system: You are a helpful assistant.
user:
Analyze the provided spectrum to determine if it is a **Carbon Star (C-type)**.

- **Key Visual Indicators of Carbon Star:**
    - **(Primary):** Strong molecular absorption from **C₂ (diatomic carbon) "Swan Bands."** This is the **defining feature** of a carbon star.
        - **(Key Bandheads):** Sharp absorption edges are visible at approximately $5635$ Å, $5165$ Å (the strongest band), and $4737$ Å.
        - **(Line Profile):** Creates a distinct **"saw-tooth"** pattern. The key morphology is a sharp, steep bandhead on the **red (long-wavelength) side**, which then gradually tapers off (i.e., flux recovers) towards the **blue (short-wavelength) side**. *(This is the direct opposite of the TiO bands seen in M-type stars)*.

    - **(Secondary):** Intense **CN (cyanogen)** molecular absorption bands.
        - **(Key Bandheads):** Located in the blue and violet regions of the spectrum (e.g., near $4215$ Å and $3883$ Å).
        - **(Morphology):** These bands are extremely broad and act as a "blanket," absorbing the vast majority of blue and violet light. This creates a characteristic **"cliff"** or **"steep drop-off"** in the spectrum's flux at short wavelengths.

    - **(Key Confirmation):** Strong **CH absorption band (G-band)**.
        - **(Key Bandhead):** Located around $4300$ Å. The contribution from CH molecules to this band is exceptionally strong.

    - **(Overall Spectrum):**
        - The continuum is severely "chopped up" by these deep molecular bands, especially C₂, rather than appearing as a smooth curve.
        - Due to the heavy CN and C₂ absorption in the blue-green, the vast majority of the star's flux is concentrated in the red part of the spectrum, giving the star its characteristic deep red color.

Think first, call **spectral_visualization_tool** if needed to examine features in detail, then provide your final answer. Your response must adhere to the following strict rules:
1.  **Overall Structure:** Your response must follow the format `<think>...</think> <tool_call>...</tool_call> (if a tool is used) <answer>...</answer>`.
2.  **Tool Usage Constraint:** You may only make **one** tool call per turn.
3.  **Final Answer Format:** In the `<answer>` tag, your conclusion must be inside a `\boxed{}` command (e.g., `\boxed{YES}`), followed by your justification.

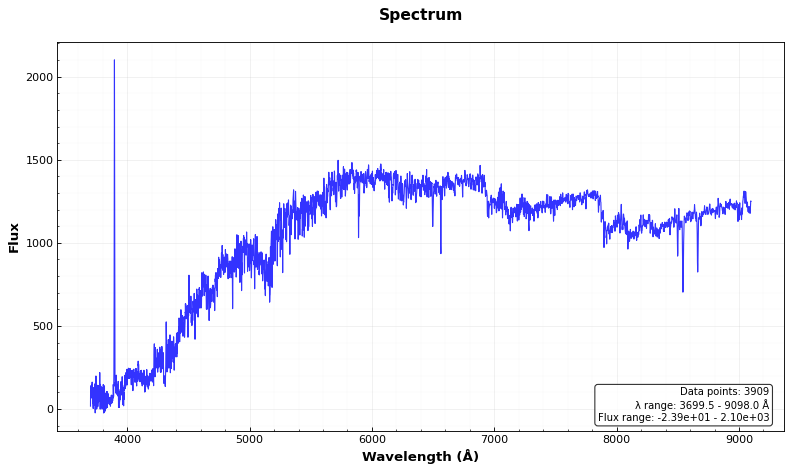
Answer: YES